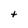
Character: t